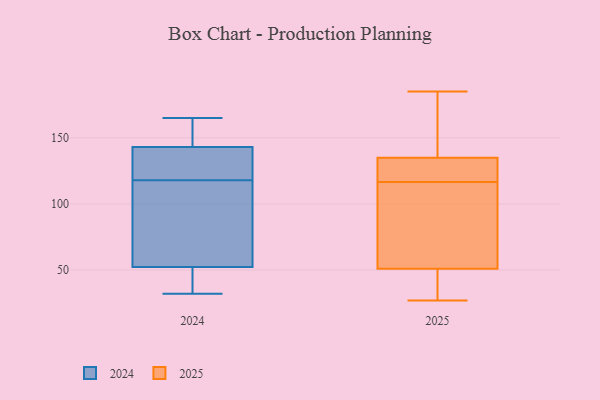
{"axis": {"x": "Churn Rate (%)", "y": "Value"}, "legend": ["2024", "2025"], "data": [{"x": "", "y": 41, "type": "2024"}, {"x": "", "y": 51, "type": "2024"}, {"x": "", "y": 32, "type": "2024"}, {"x": "", "y": 162, "type": "2024"}, {"x": "", "y": 119, "type": "2024"}, {"x": "", "y": 165, "type": "2024"}, {"x": "", "y": 74, "type": "2024"}, {"x": "", "y": 119, "type": "2024"}, {"x": "", "y": 67, "type": "2024"}, {"x": "", "y": 118, "type": "2024"}, {"x": "", "y": 158, "type": "2024"}, {"x": "", "y": 137, "type": "2024"}, {"x": "", "y": 56, "type": "2024"}, {"x": "", "y": 35, "type": "2024"}, {"x": "", "y": 145, "type": "2024"}, {"x": "", "y": 185, "type": "2025"}, {"x": "", "y": 160, "type": "2025"}, {"x": "", "y": 66, "type": "2025"}, {"x": "", "y": 135, "type": "2025"}, {"x": "", "y": 112, "type": "2025"}, {"x": "", "y": 51, "type": "2025"}, {"x": "", "y": 27, "type": "2025"}, {"x": "", "y": 127, "type": "2025"}, {"x": "", "y": 28, "type": "2025"}, {"x": "", "y": 121, "type": "2025"}]}